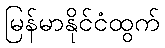
မြန်မာနိုင်ငံထွက်